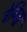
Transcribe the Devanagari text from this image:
ट्रेनिङ्ग